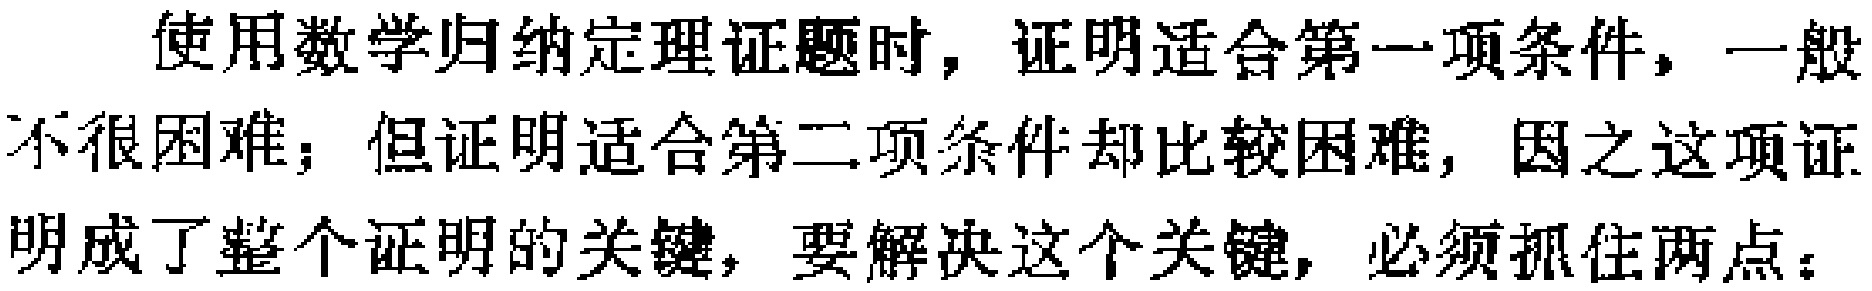
使用数学归纳定理证题时，证明适合第一项条件，一般不很困难；但证明适合第二项条件却比较困难，因之这项证明成了整个证明的关键，要解决这个关键，必须抓住两点：